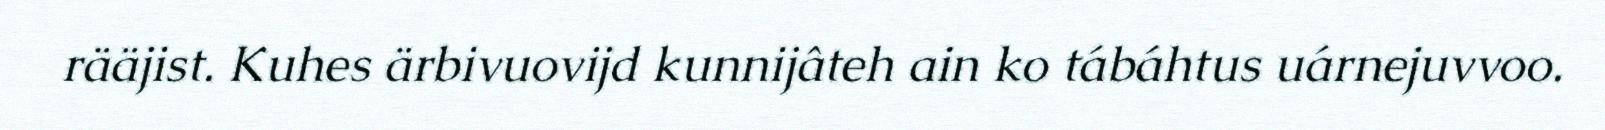
rääjist. Kuhes ärbivuovijd kunnijâteh ain ko tábáhtus uárnejuvvoo.